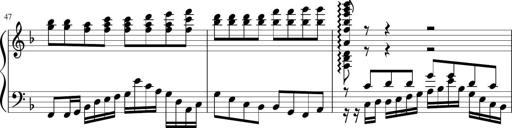
Title: Sonatina in F major
Composer: Ethan Ngo
Key: F major